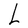
Character: L